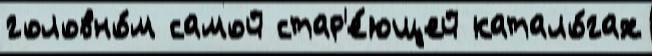
головно́м самой стар'е́ющей катало́гах